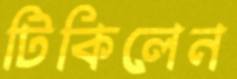
টিকিলেন